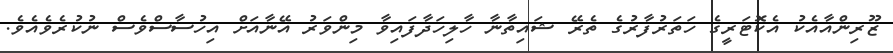
ޒޫރިންއާއެކު އެކޮޓަރީގެ ހަތަރުފާރުގެ ތެރޭ ޝައިތާނާ ހާލިހަދާފައިވާ މިންވަރު އޭނާއަށް އިހުސާސްވެސް ނުކުރެވެއެވެ.